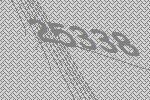
25338